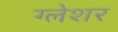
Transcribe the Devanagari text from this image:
ग्लेशर